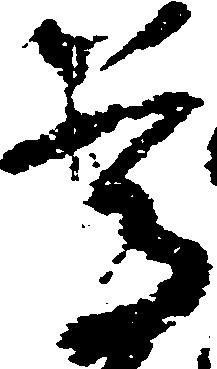
尊